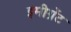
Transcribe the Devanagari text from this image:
इमीग्रेंट